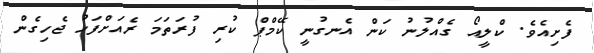
ފެށިއެވެ. ކްލީއޯ ގެއްލުނު ކަން އެނގުނީ ކޭމްޕް ކުރި ފުރަތަމަ ރެއަށްފަހު ޖެހިގެން